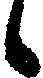
候